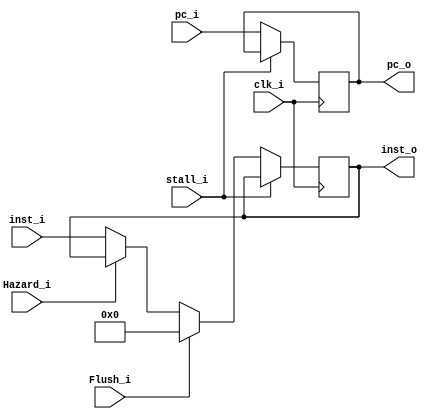
module IFID
(
	clk_i, stall_i,
	pc_i, inst_i,
	pc_o, inst_o,
	Hazard_i, Flush_i,
);

input				clk_i, Hazard_i, Flush_i, stall_i;
input		[31:0]	inst_i, pc_i;
output reg	[31:0]	inst_o=32'b0, pc_o=32'b0;

always@(posedge clk_i) begin
	if(~stall_i) begin
	    inst_o <= ((Flush_i) ? 32'b0 : 
	    		  ((Hazard_i) ? inst_o : inst_i)); //flush or stall or normal
	    pc_o <= pc_i;
	end
end

endmodule